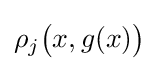
\rho _{j}{\big (}x,g(x){\big )}